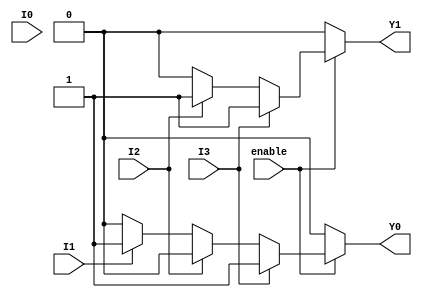
module encoder_4to2 (
    input wire I0,      // Input 0
    input wire I1,      // Input 1
    input wire I2,      // Input 2
    input wire I3,      // Input 3
    input wire enable,  // Enable signal
    output reg Y0,      // Output 0
    output reg Y1       // Output 1
);

always @(*) begin
    if (!enable) begin
        // If enable is low, output default state (00)
        Y0 = 1'b0;
        Y1 = 1'b0;
    end else begin
        // Priority encoding: I3 > I2 > I1 > I0
        if (I3) begin
            Y0 = 1'b1;  // Y0 = 1
            Y1 = 1'b1;  // Y1 = 1
        end else if (I2) begin
            Y0 = 1'b0;  // Y0 = 0
            Y1 = 1'b1;  // Y1 = 1
        end else if (I1) begin
            Y0 = 1'b1;  // Y0 = 1
            Y1 = 1'b0;  // Y1 = 0
        end else if (I0) begin
            Y0 = 1'b0;  // Y0 = 0
            Y1 = 1'b0;  // Y1 = 0
        end else begin
            // If no inputs are high, output default state (00)
            Y0 = 1'b0;
            Y1 = 1'b0;
        end
    end
end

endmodule